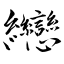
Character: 纞